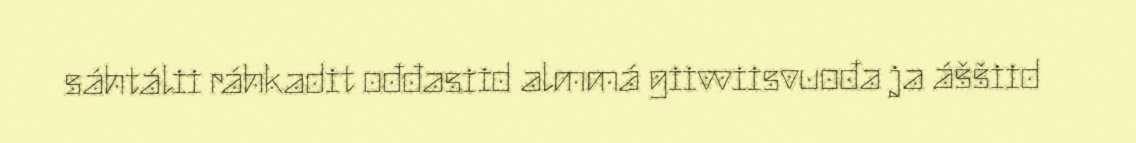
sáhtálii ráhkadit ođđasiid almmá giivviisvuođa ja áššiid